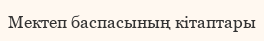
Мектеп баспасының кітаптары